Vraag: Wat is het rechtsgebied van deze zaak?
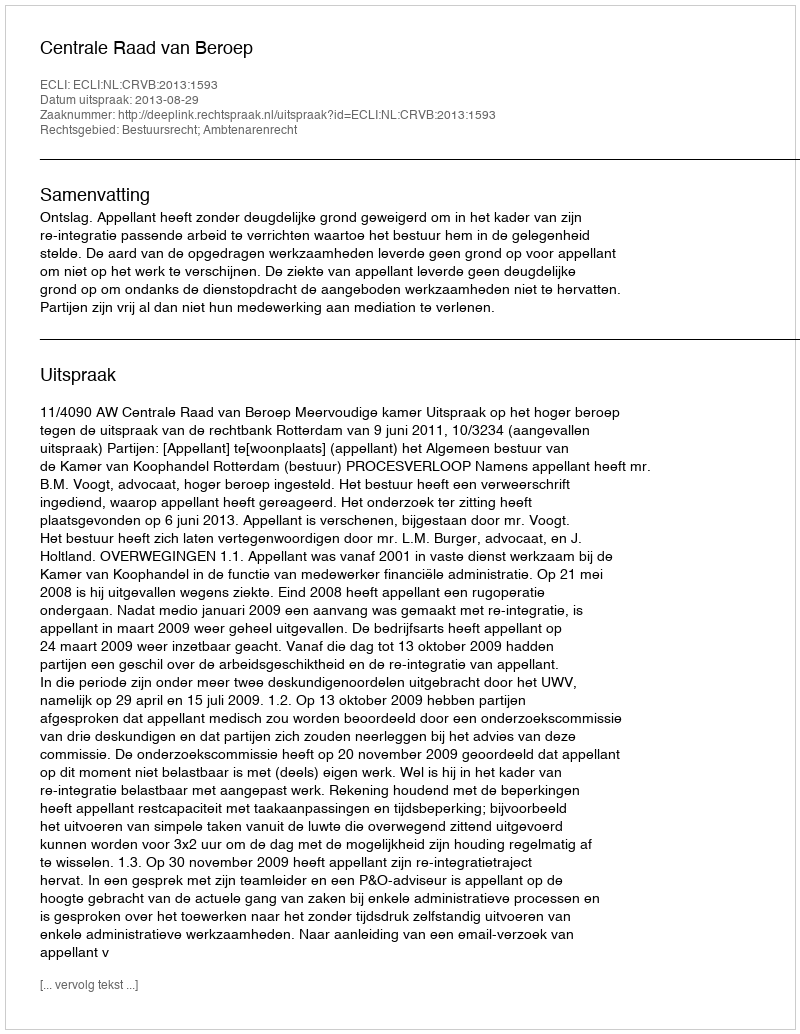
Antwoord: Bestuursrecht; Ambtenarenrecht